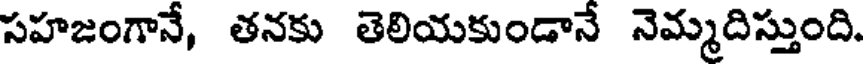
సహజంగానే, తనకు తెలియకుండానే నెమ్మదిస్తుంది.